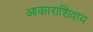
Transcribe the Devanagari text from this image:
आकाराशिवाय